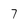
Character: 7